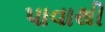
પાવાથી